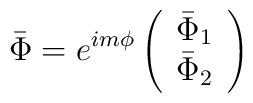
\bar \Phi =e^{im\phi}\left(\begin{array}{c}\bar \Phi _1 \\\bar \Phi _2\end{array}\right)